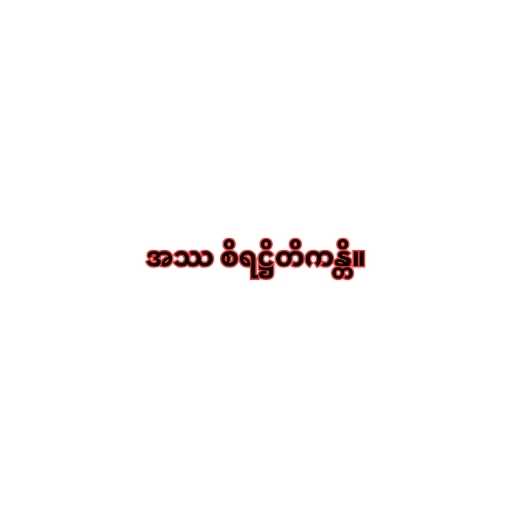
အဿ စိရဋ္ဌိတိကန္တိ။